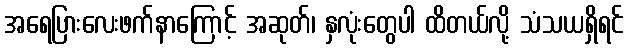
အရေပြားလေးဖက်နာကြောင့် အဆုတ်၊ နှလုံးတွေပါ ထိတယ်လို့ သံသယရှိရင်